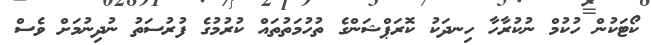
ކޯޓަކުން ހުކުމް ނުކުރާހާ ހިނދަކު ކޮރަޕްޝަންގެ ތުހުމަތުތައް ކުރުމުގެ ފުރުސަތު ނުދިނުމަށް ވެސް